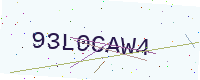
Text: 93L0CAW4